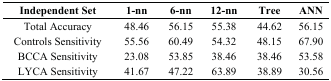
<table><thead><tr><td><b>Independent Set</b></td><td><b>1-nn</b></td><td><b>6-nn</b></td><td><b>12-nn</b></td><td><b>Tree</b></td><td><b>ANN</b></td></tr></thead><tbody><tr><td>Total Accuracy</td><td>48.46</td><td>56.15</td><td>55.38</td><td>44.62</td><td>56.15</td></tr><tr><td>Controls Sensitivity</td><td>55.56</td><td>60.49</td><td>54.32</td><td>48.15</td><td>67.90</td></tr><tr><td>BCCA Sensitivity</td><td>23.08</td><td>53.85</td><td>38.46</td><td>38.46</td><td>53.58</td></tr><tr><td>LYCA Sensitivity</td><td>41.67</td><td>47.22</td><td>63.89</td><td>38.89</td><td>30.56</td></tr></tbody></table>